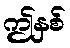
ဤနှစ်